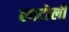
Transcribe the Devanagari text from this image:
लाटोली